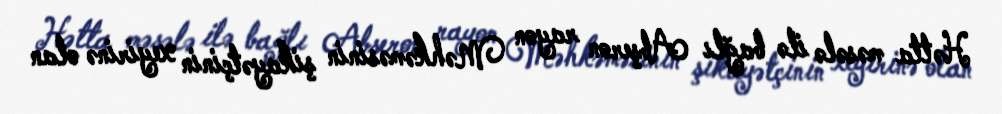
Hətta məsələ ilə bağlı Abşeron rayon Məhkəməsinin şikayətçinin xeyirinə olan